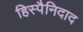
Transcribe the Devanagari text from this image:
हिस्पैनिदाद